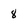
Character: 8